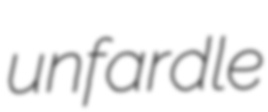
unfardle